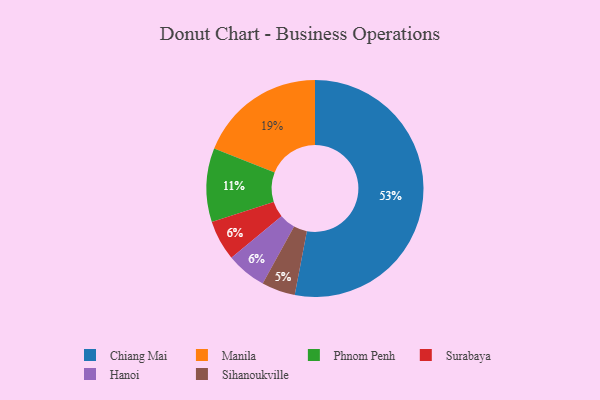
{"axis": {"x": "Category", "y": "Percentage"}, "legend": ["Chiang Mai", "Hanoi", "Manila", "Phnom Penh", "Sihanoukville", "Surabaya"], "data": [{"x": "Phnom Penh", "y": 11, "type": "Phnom Penh"}, {"x": "Surabaya", "y": 6, "type": "Surabaya"}, {"x": "Sihanoukville", "y": 5, "type": "Sihanoukville"}, {"x": "Hanoi", "y": 6, "type": "Hanoi"}, {"x": "Manila", "y": 19, "type": "Manila"}, {"x": "Chiang Mai", "y": 53, "type": "Chiang Mai"}]}